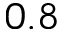
0 . 8